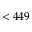
< 4 4 9